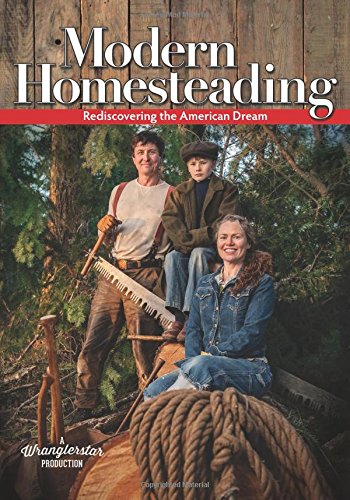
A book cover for Modern Homesteading: Rediscovering the American Dream; A Wranglerstar Production; Crafts, Hobbies & Home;